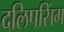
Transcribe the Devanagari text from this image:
दलिपसिंग